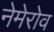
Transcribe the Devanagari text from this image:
नेमेरोव